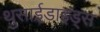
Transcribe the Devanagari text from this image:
थुसाईडाइड्स